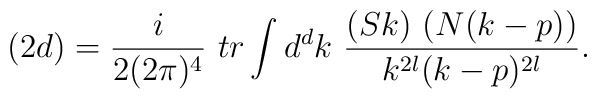
(2d) = \frac{i}{2(2\pi)^4}\ tr \int d^dk\ \frac{(Sk)\ (N(k-p))}{k^{2l} (k-p)^{2l}}.